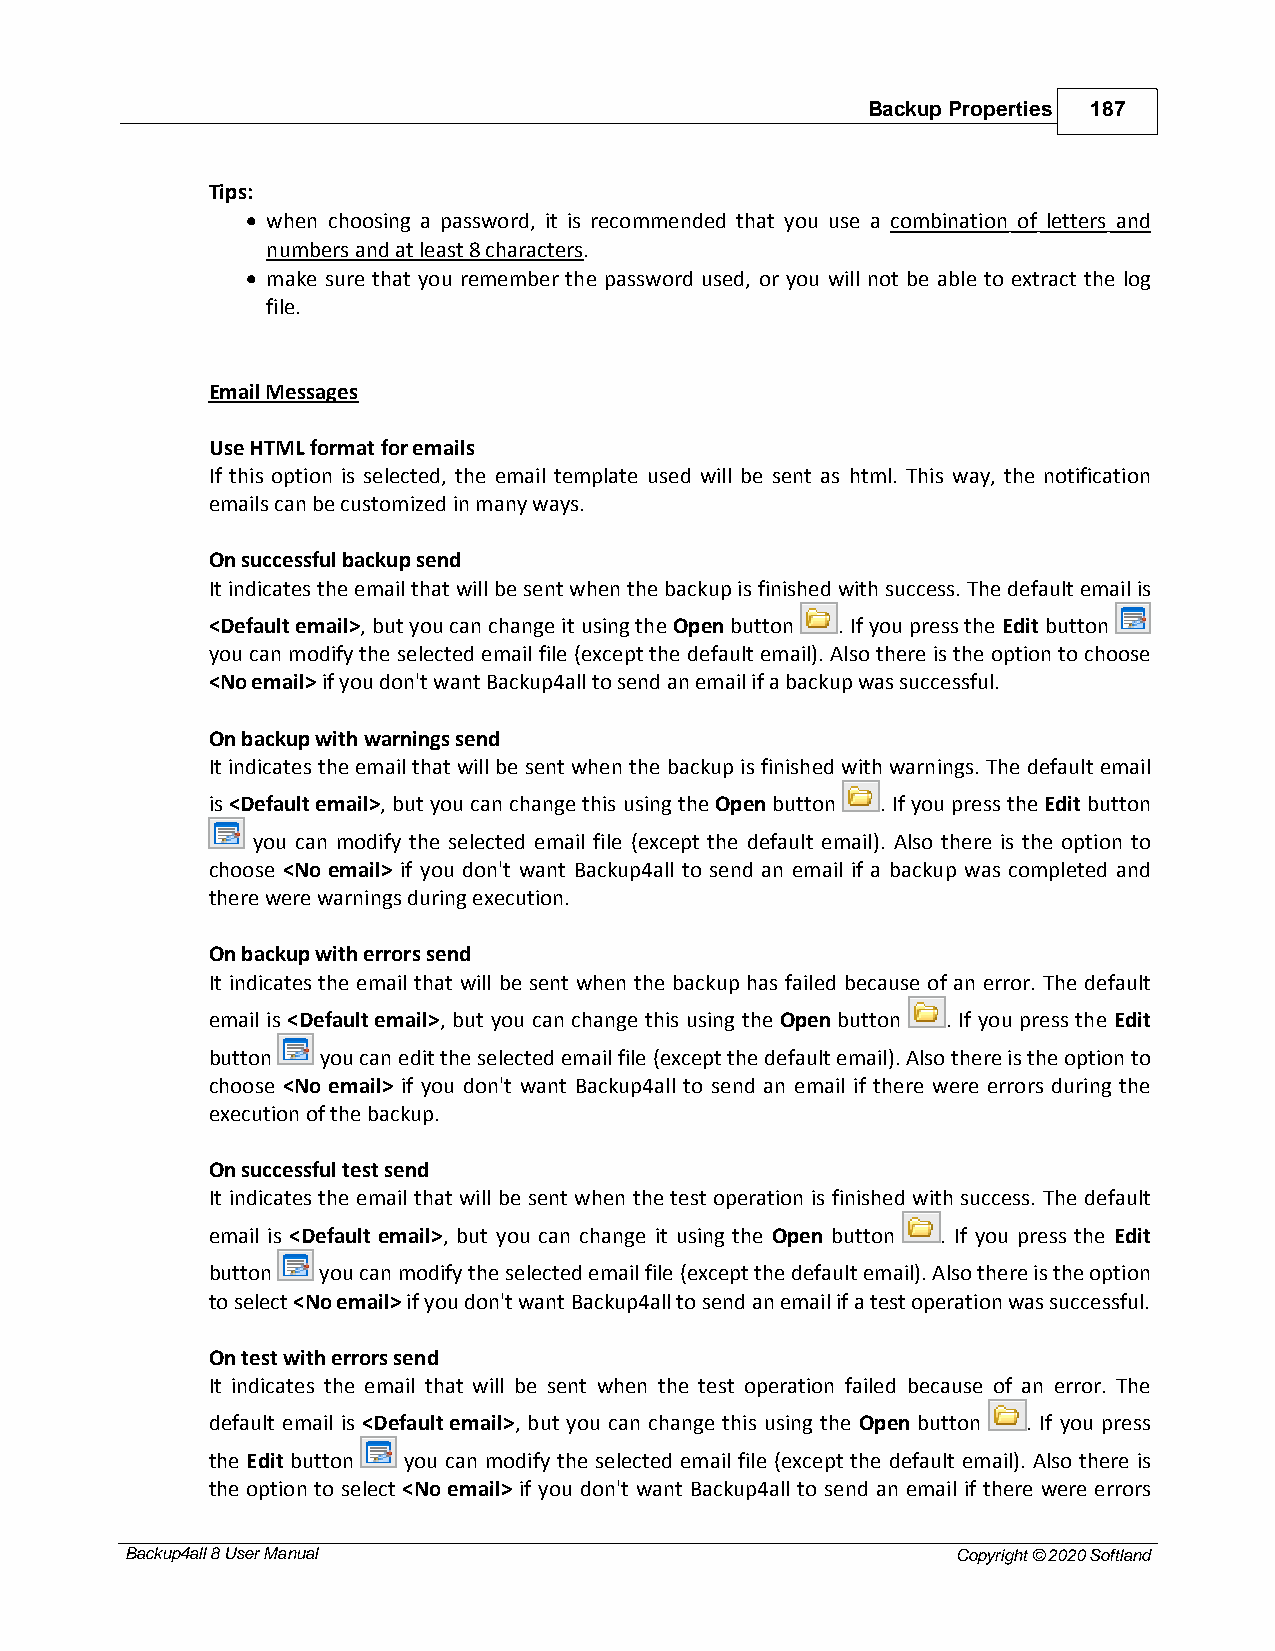
Backup Properties 187
 Tips:
 · when choosing a password, it is recommended that you use a combination of letters and
 numbers and at least 8 characters.
 · make sure that you remember the password used, or you will not be able to extract the log
 file.
 Email Messages
 Use HTML format for emails
 If this option is selected, the email template used will be sent as html. This way, the notification
 emails can be customized in many ways.
 On successful backup send
 It indicates the email that will be sent when the backup is finished with success. The default email is
 <Default email>, but you can change it using the Open button . If you press the Edit button
 you can modify the selected email file (except the default email). Also there is the option to choose
 <No email> if you don't want Backup4all to send an email if a backup was successful.
 On backup with warnings send
 It indicates the email that will be sent when the backup is finished with warnings. The default email
 is <Default email>, but you can change this using the Open button . If you press the Edit button
 you can modify the selected email file (except the default email). Also there is the option to
 choose <No email> if you don't want Backup4all to send an email if a backup was completed and
 there were warnings during execution.
 On backup with errors send
 It indicates the email that will be sent when the backup has failed because of an error. The default
 email is <Default email>, but you can change this using the Open button . If you press the Edit
 button you can edit the selected email file (except the default email). Also there is the option to
 choose <No email> if you don't want Backup4all to send an email if there were errors during the
 execution of the backup.
 On successful test send
 It indicates the email that will be sent when the test operation is finished with success. The default
 email is <Default email>, but you can change it using the Open button . If you press the Edit
 button you can modify the selected email file (except the default email). Also there is the option
 to select <No email> if you don't want Backup4all to send an email if a test operation was successful.
 On test with errors send
 It indicates the email that will be sent when the test operation failed because of an error. The
 default email is <Default email>, but you can change this using the Open button . If you press
 the Edit button you can modify the selected email file (except the default email). Also there is
 the option to select <No email> if you don't want Backup4all to send an email if there were errors
 Backup4all 8 User Manual                               Copyright © 2020 Softland